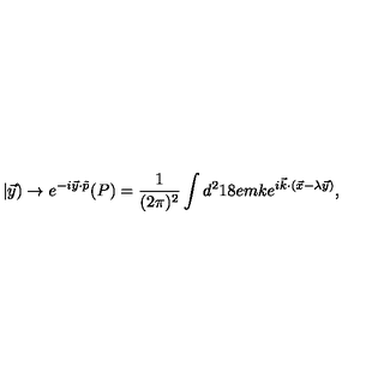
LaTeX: | \vec { y } ) \rightarrow e ^ { - i \vec { y } \cdot \tilde { p } } ( P ) = \frac { 1 } { ( 2 \pi ) ^ { 2 } } \int { d ^ { 2 } \kern - . 1 8 e m k } e ^ { i \vec { k } \cdot ( \vec { x } - \lambda \vec { y } ) } ,